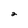
Character: 2